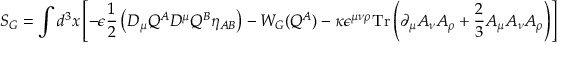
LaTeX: S _ { G } = \int d ^ { 3 } x \left[ - \epsilon \frac { 1 } { 2 } \left( D _ { \mu } Q ^ { A } D ^ { \mu } Q ^ { B } \eta _ { A B } \right) - W _ { G } ( Q ^ { A } ) - \kappa \epsilon ^ { \mu \nu \rho } \mathrm { T r } \left( \partial _ { \mu } A _ { \nu } A _ { \rho } + \frac { 2 } { 3 } A _ { \mu } A _ { \nu } A _ { \rho } \right) \right] ,